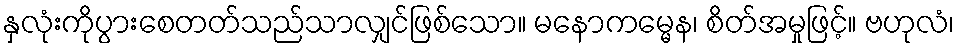
နှလုံးကိုပွားစေတတ်သည်သာလျှင်ဖြစ်သော။ မနောကမ္မေန၊ စိတ်အမှုဖြင့်။ ဗဟုလံ၊